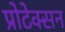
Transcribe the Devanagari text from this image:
प्रोटेक्सन